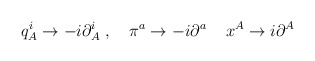
\begin{align*}q_A^i\rightarrow -i\partial _A^i\ ,\quad \pi ^a\rightarrow -i\partial ^a\,\quad x^A\rightarrow i\partial ^A\end{align*}